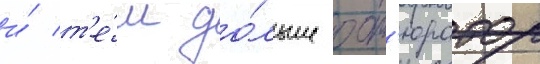
и́ т'е́м до́льше обт'юратор